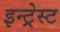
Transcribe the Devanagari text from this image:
इन्ट्रेस्ट